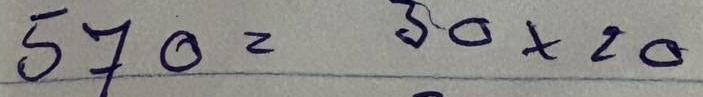
570 = 30 x 20